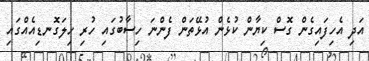
އަދި އެހިފައިގެން ގޮސް ކިޔާން ކުޅެން އުޅޭތަން ފެންނަ ހިސާބުގައި ހުރި ހިލަގޮނޑިއެއްގައި